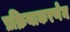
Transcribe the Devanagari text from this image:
प्रक्रियाकरणेन